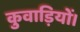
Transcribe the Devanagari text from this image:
कुवाड़ियों।